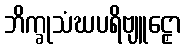
ဘိက္ခုသံဃပရိဗျူဠှော